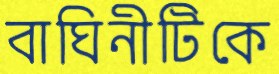
বাঘিনীটিকে